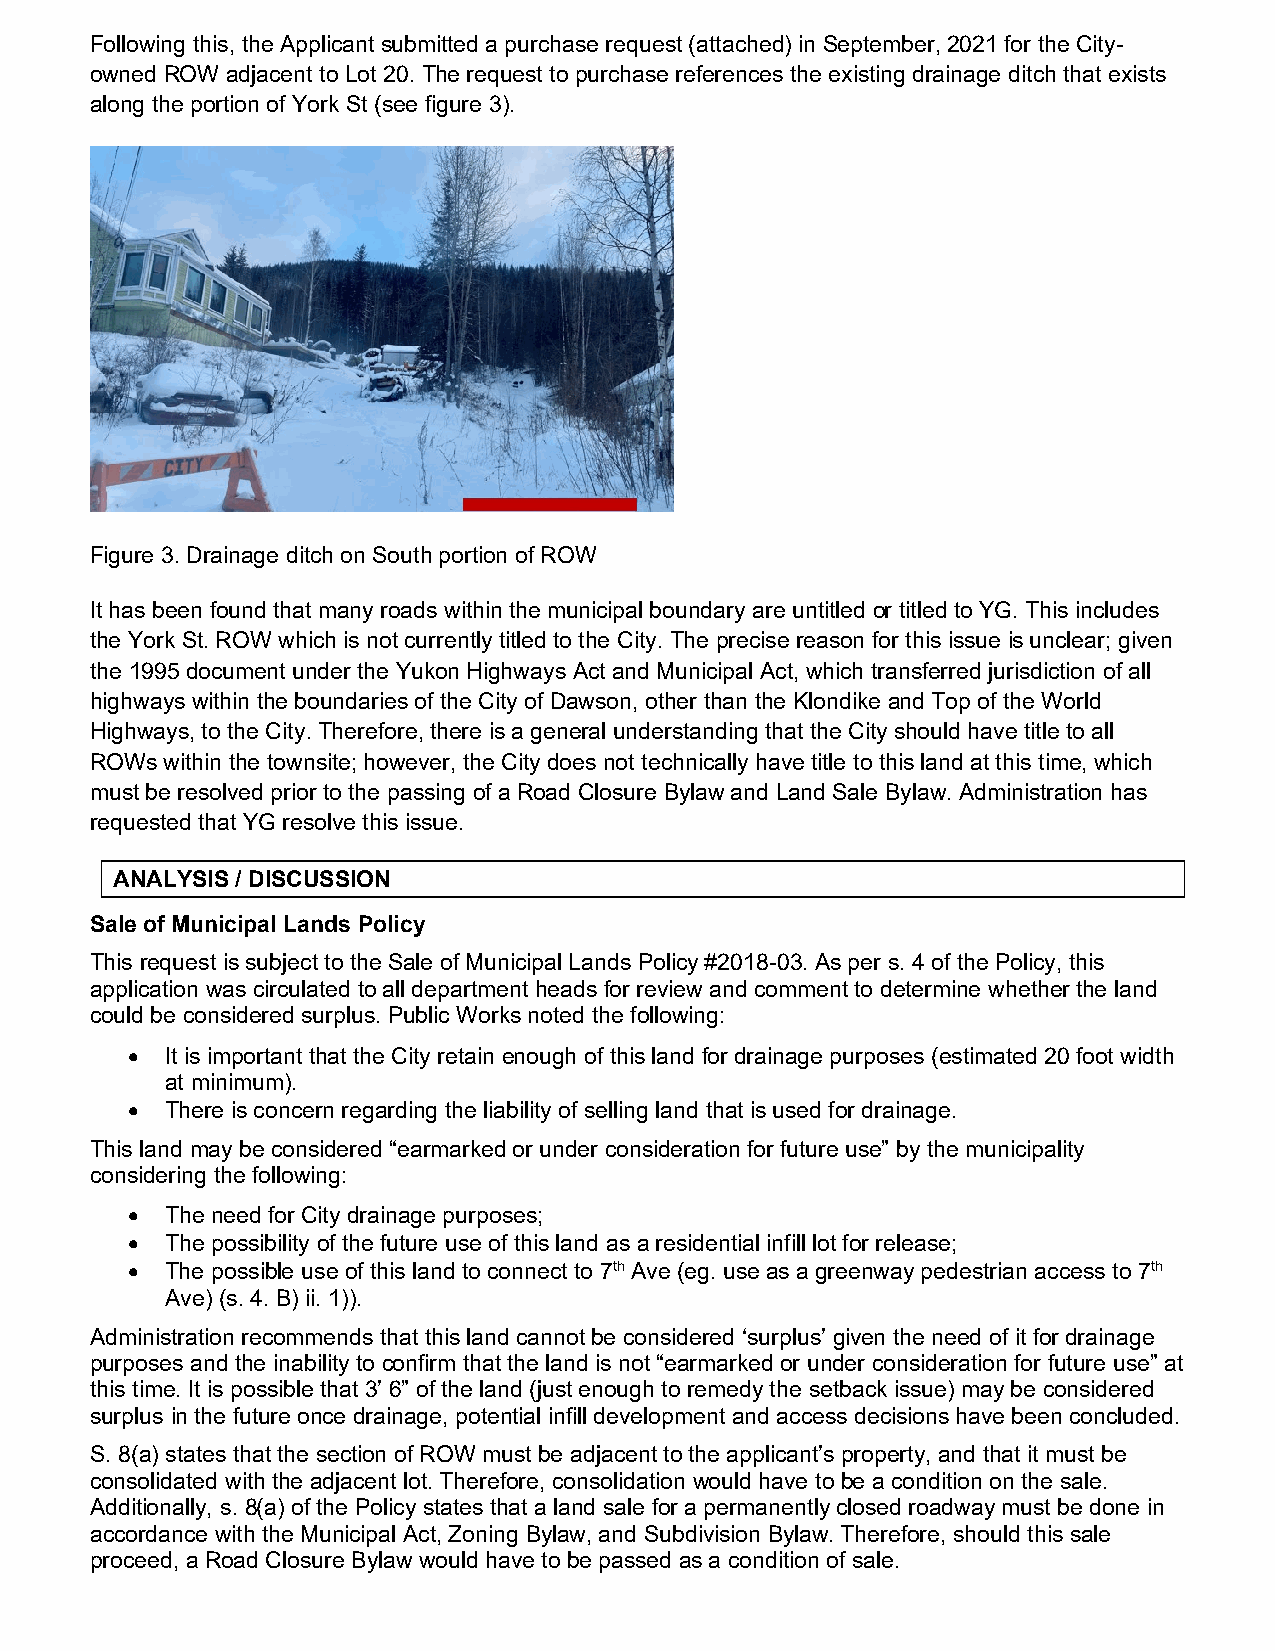
Following this, the Applicant submitted a purchase request (attached) in September, 2021 for the City-
 owned ROW adjacent to Lot 20. The request to purchase references the existing drainage ditch that exists
 along the portion of York St (see figure 3).
 Figure 3. Drainage ditch on South portion of ROW
 It has been found that many roads within the municipal boundary are untitled or titled to YG. This includes
 the York St. ROW which is not currently titled to the City. The precise reason for this issue is unclear; given
 the 1995 document under the Yukon Highways Act and Municipal Act, which transferred jurisdiction of all
 highways within the boundaries of the City of Dawson, other than the Klondike and Top of the World
 Highways, to the City. Therefore, there is a general understanding that the City should have title to all
 ROWs within the townsite; however, the City does not technically have title to this land at this time, which
 must be resolved prior to the passing of a Road Closure Bylaw and Land Sale Bylaw. Administration has
 requested that YG resolve this issue.
 ANALYSIS / DISCUSSION
 Sale of Municipal Lands Policy
 This request is subject to the Sale of Municipal Lands Policy #2018-03. As per s. 4 of the Policy, this
 application was circulated to all department heads for review and comment to determine whether the land
 could be considered surplus. Public Works noted the following:
 •  It is important that the City retain enough of this land for drainage purposes (estimated 20 foot width
 at minimum).
 •  There is concern regarding the liability of selling land that is used for drainage.
 This land may be considered “earmarked or under consideration for future use” by the municipality
 considering the following:
 •  The need for City drainage purposes;
 •  The possibility of the future use of this land as a residential infill lot for release;
 •  The possible use of this land to connect to 7th Ave (eg. use as a greenway pedestrian access to 7th
 Ave) (s. 4. B) ii. 1)).
 Administration recommends that this land cannot be considered ‘surplus’ given the need of it for drainage
 purposes and the inability to confirm that the land is not “earmarked or under consideration for future use” at
 this time. It is possible that 3’ 6” of the land (just enough to remedy the setback issue) may be considered
 surplus in the future once drainage, potential infill development and access decisions have been concluded.
 S. 8(a) states that the section of ROW must be adjacent to the applicant’s property, and that it must be
 consolidated with the adjacent lot. Therefore, consolidation would have to be a condition on the sale.
 Additionally, s. 8(a) of the Policy states that a land sale for a permanently closed roadway must be done in
 accordance with the Municipal Act, Zoning Bylaw, and Subdivision Bylaw. Therefore, should this sale
 proceed, a Road Closure Bylaw would have to be passed as a condition of sale.